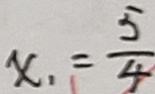
x _ { 1 } = \frac { 5 } { 4 }